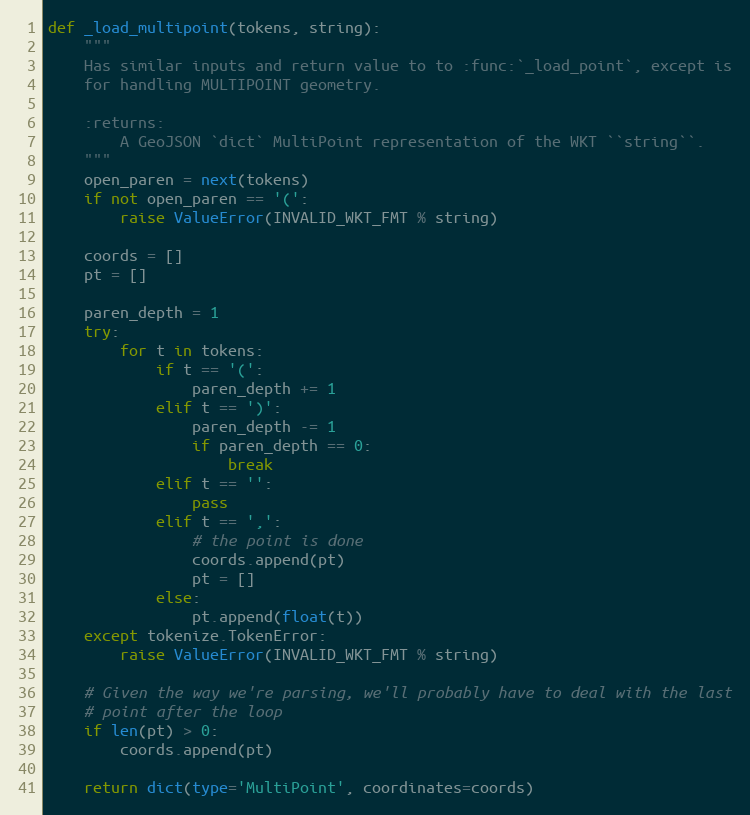
Language: Python
def _load_multipoint(tokens, string):
    """
    Has similar inputs and return value to to :func:`_load_point`, except is
    for handling MULTIPOINT geometry.

    :returns:
        A GeoJSON `dict` MultiPoint representation of the WKT ``string``.
    """
    open_paren = next(tokens)
    if not open_paren == '(':
        raise ValueError(INVALID_WKT_FMT % string)

    coords = []
    pt = []

    paren_depth = 1
    try:
        for t in tokens:
            if t == '(':
                paren_depth += 1
            elif t == ')':
                paren_depth -= 1
                if paren_depth == 0:
                    break
            elif t == '':
                pass
            elif t == ',':
                # the point is done
                coords.append(pt)
                pt = []
            else:
                pt.append(float(t))
    except tokenize.TokenError:
        raise ValueError(INVALID_WKT_FMT % string)

    # Given the way we're parsing, we'll probably have to deal with the last
    # point after the loop
    if len(pt) > 0:
        coords.append(pt)

    return dict(type='MultiPoint', coordinates=coords)